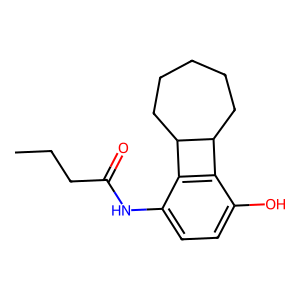
SMILES: CCCC(=O)Nc1ccc(O)c2c1C1CCCCCC21
Inhibits HIV replication: No